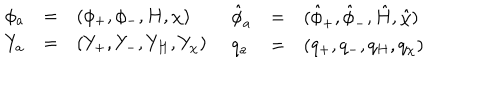
LaTeX: \begin{array} { l c l } { { \phi _ { a } } } & { { = } } & { { ( \phi _ { + } , \phi _ { - } , H , \chi ) } } \\ { { Y _ { a } } } & { { = } } & { { ( Y _ { + } , Y _ { - } , Y _ { H } , Y _ { \chi } ) } } \\ \end{array} \quad \begin{array} { l c l } { { \hat { \phi } _ { a } } } & { { = } } & { { ( \hat { \phi } _ { + } , \hat { \phi } _ { - } , \hat { H } , \hat { \chi } ) } } \\ { { q _ { a } } } & { { = } } & { { ( q _ { + } , q _ { - } , q _ { H } , q _ { \chi } ) } } \\ \end{array}